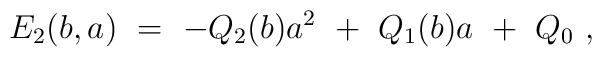
E_2(b,a)\ =\ -Q_{2}(b) a^2 \ +\ Q_{1}(b) a \ +\ Q_{0}\ ,